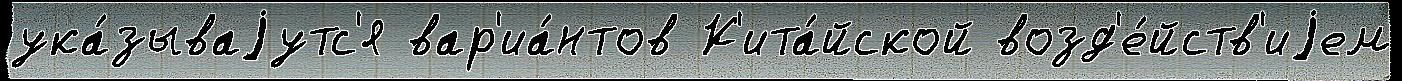
ука́зываjутс'я вар'иа́нтов К'ита́йской возд'е́йств'иjем